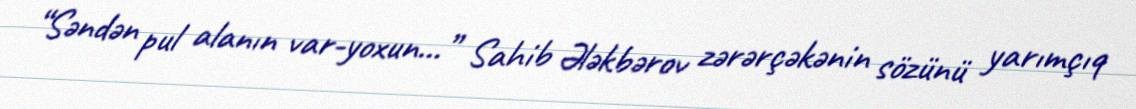
“Səndən pul alanın var-yoxun...” Sahib Ələkbərov zərərçəkənin sözünü yarımçıq